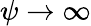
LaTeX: \psi\to\infty